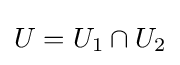
U=U_{1}\cap U_{2}